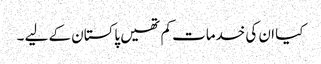
کیا ان کی خدمات کم تھیں پاکستان کے لیے ۔